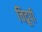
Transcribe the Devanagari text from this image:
चिद्रूपी